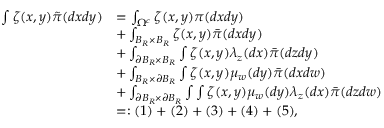
\begin{array} { r l } { \int \zeta ( x , y ) \tilde { \pi } ( d x d y ) } & { = \int _ { \Omega ^ { c } } \zeta ( x , y ) \pi ( d x d y ) } \\ & { + \int _ { B _ { R } \times B _ { R } } \zeta ( x , y ) \bar { \pi } ( d x d y ) } \\ & { + \int _ { \partial B _ { R } \times B _ { R } } \int \zeta ( x , y ) \lambda _ { z } ( d x ) \bar { \pi } ( d z d y ) } \\ & { + \int _ { B _ { R } \times \partial B _ { R } } \int \zeta ( x , y ) \mu _ { w } ( d y ) \bar { \pi } ( d x d w ) } \\ & { + \int _ { \partial B _ { R } \times \partial B _ { R } } \int \int \zeta ( x , y ) \mu _ { w } ( d y ) \lambda _ { z } ( d x ) \bar { \pi } ( d z d w ) } \\ & { = : ( 1 ) + ( 2 ) + ( 3 ) + ( 4 ) + ( 5 ) , } \end{array}